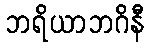
ဘရိယာဘဂိနီ